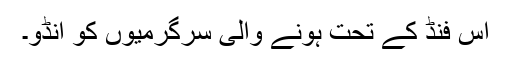
اس فنڈ کے تحت ہونے والی سرگرمیوں کو اِنڈو۔